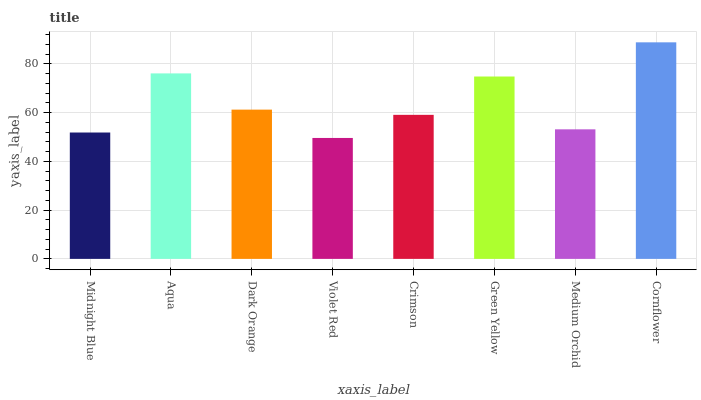
| xaxis_label | bars |
 | --- | --- |
 | Midnight Blue | 51.9 |
 | Aqua | 76.1 |
 | Dark Orange | 61.3 |
 | Violet Red | 49.6 |
 | Crimson | 59.1 |
 | Green Yellow | 74.8 |
 | Medium Orchid | 53.2 |
 | Cornflower | 88.9 |